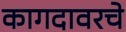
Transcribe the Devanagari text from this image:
कागदावरचे